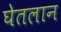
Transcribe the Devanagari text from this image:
घेतलान